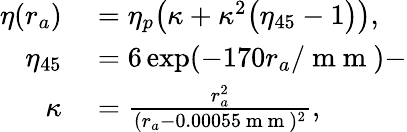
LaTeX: \begin{array}{rl}{\eta(r_{a})}&{{}=\eta_{p}\bigl(\kappa+\kappa^{2}\bigl(\eta_{45}-1\bigr)\bigr),}\\ {\eta_{45}}&{{}=6\exp(-170r_{a}/\mathrm{~m~m~})-}\\ {\kappa}&{{}=\frac{r_{a}^{2}}{(r_{a}-0.00055\mathrm{~m~m~})^{2}},}\end{array}